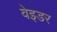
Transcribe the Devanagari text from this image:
वेइडर